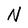
Character: N